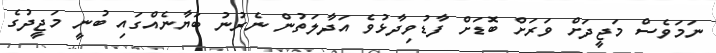
ނަމަވެސް މަޖީދަށް ވަރަށް ބޮޑަށް ފާޑުވިދާޅުވެ އަދާލަތުން ނެރުނު ބަޔާނެއްގައި ބުނީ މަޖީދުގެ